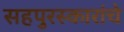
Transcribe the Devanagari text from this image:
सहपुरस्कारांचे